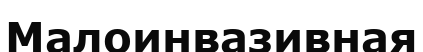
Малоинвазивная